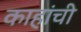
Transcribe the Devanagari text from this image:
काहांची